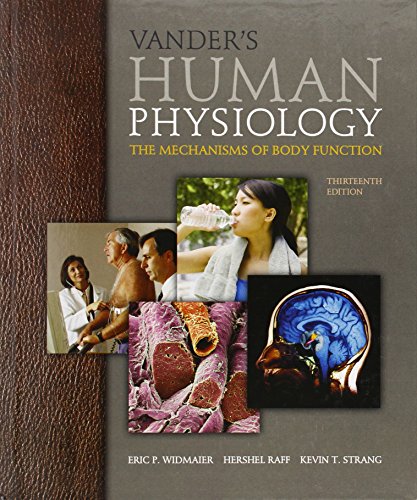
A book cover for Vander's Human Physiology: The Mechanisms of Body Function, 13th Edition; Eric Widmaier; Medical Books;